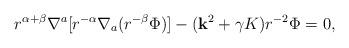
LaTeX: \begin{align*}r^{\alpha+\beta}\nabla^a[r^{-\alpha}\nabla_a(r^{-\beta}\Phi)] - ({\bf k}^2+\gamma K)r^{-2}\Phi = 0,\end{align*}